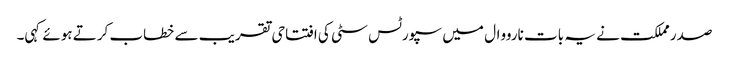
صدر مملکت نے یہ بات نارووال میں سپورٹس سٹی کی افتتاحی تقریب سے خطاب کرتے ہوئے کہی۔